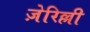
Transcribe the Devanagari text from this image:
ज़ेरिल्ली